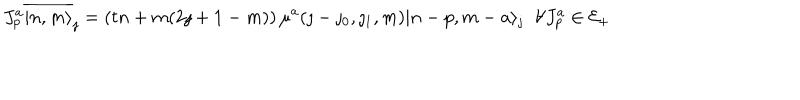
LaTeX: J _ { p } ^ { a } \overline { { { | n , m \rangle } } } _ { \jmath } = \left( t n + m ( 2 \jmath + 1 - m ) \right) \mu ^ { a } ( \jmath - \jmath _ { 0 } , \jmath _ { 1 } , m ) | n - p , m - a \rangle _ { \jmath } \; \; \forall J _ { p } ^ { a } \in { \cal E } _ { + }